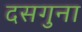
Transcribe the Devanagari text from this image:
दसगुना